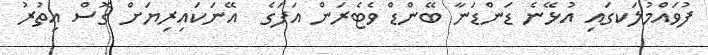
ފުވައްމުލަކގައި އުޅޭނެ ޑަންޑަނާ ބޭންޑް ވެޓެރަން އަފަގެ  އޭނަކައިރިޔަށް ގޮސް އިތުރު